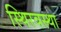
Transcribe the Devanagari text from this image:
स्थिरवस्था